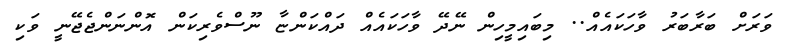
ވަރަށް ބަރާބަރު ވާހަކައެއް.. މިބައިމީހިން ނޭދޭ ވާހަކައެއް ދައްކަންޏާ ނޫސްވެރިކަން އޮންނަންޖެޖޭނީ ވަކި